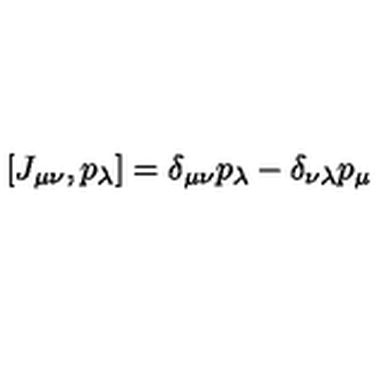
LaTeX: [ J _ { \mu \nu } , p _ { \lambda } ] = \delta _ { \mu \nu } p _ { \lambda } - \delta _ { \nu \lambda } p _ { \mu }